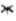
*